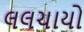
લલચાયો